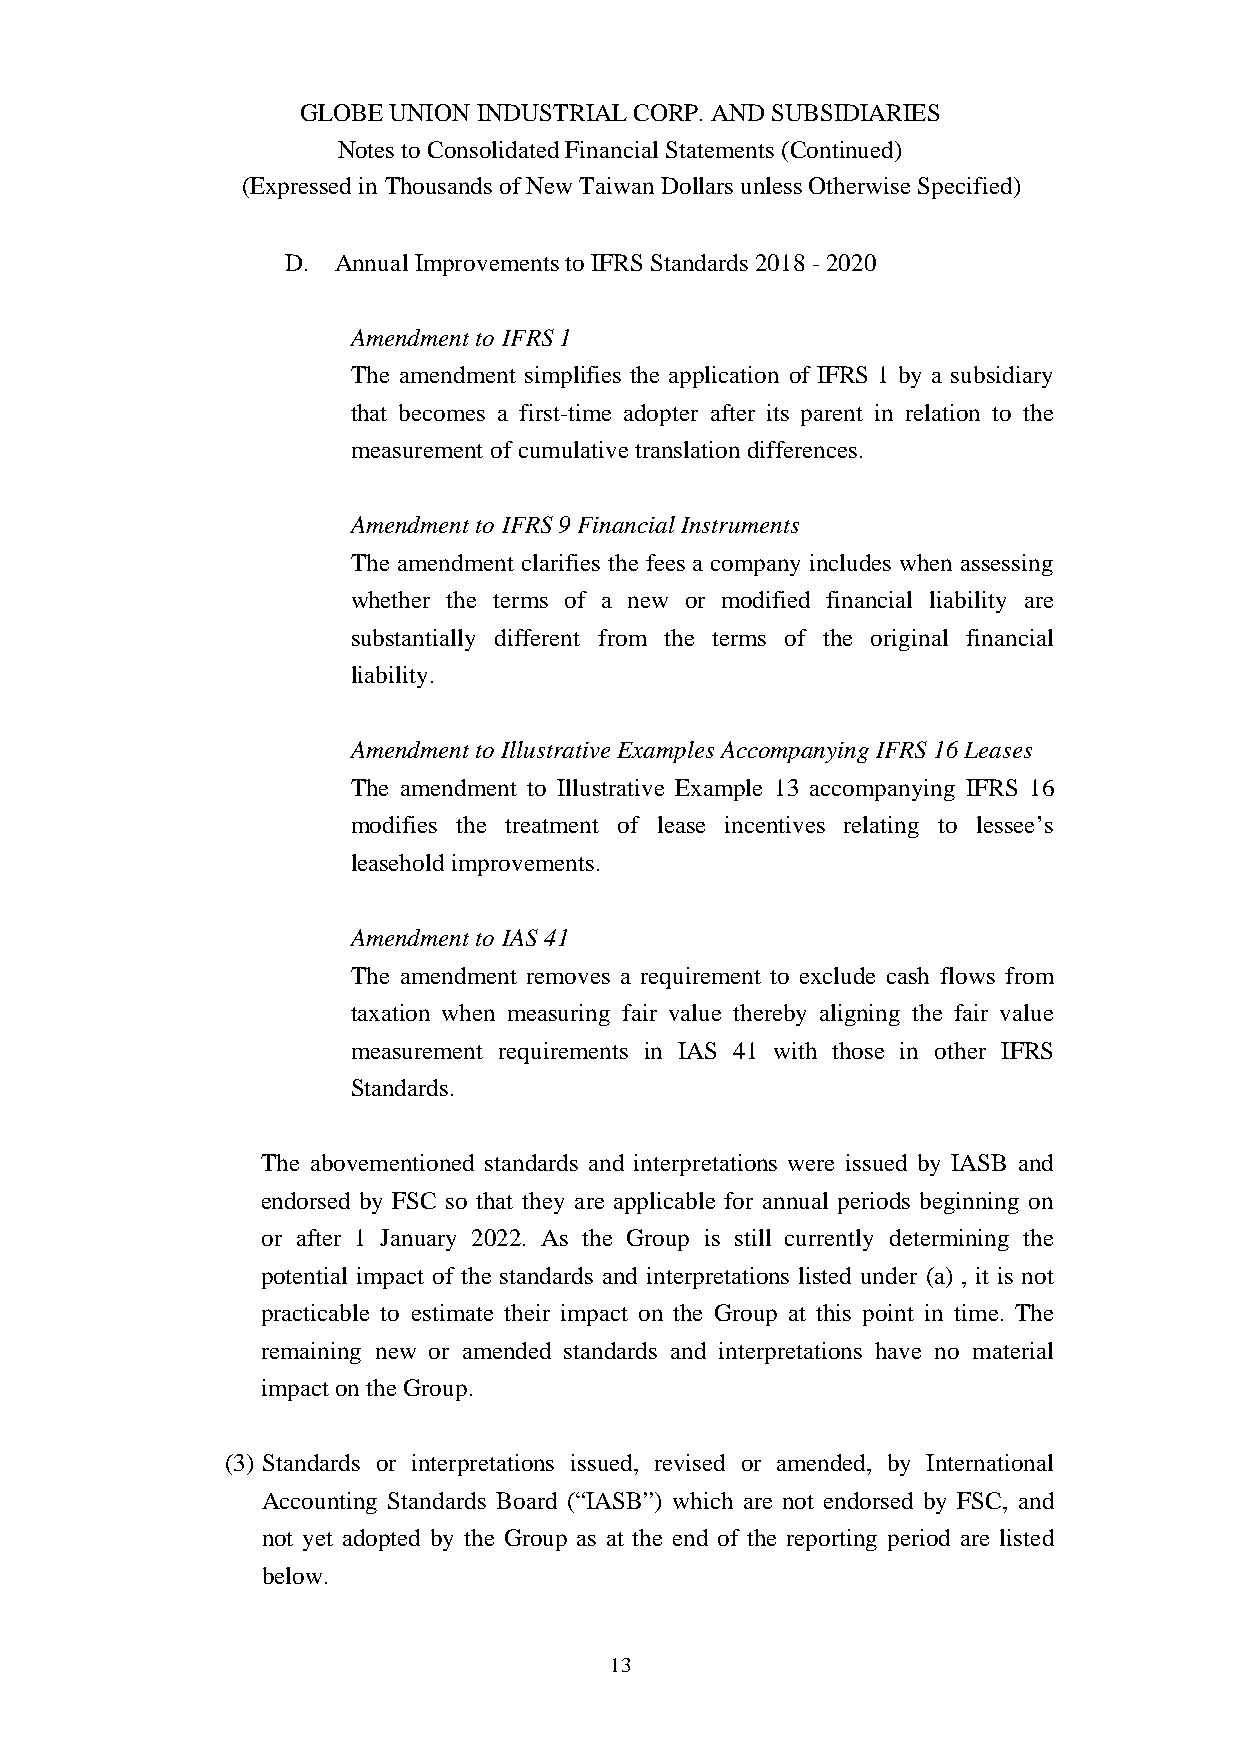
GLOBE UNION INDUSTRIAL CORP. AND SUBSIDIARIES
 Notes to Consolidated Financial Statements (Continued)
 (Expressed in Thousands of New Taiwan Dollars unless Otherwise Specified)
 D. Annual Improvements to IFRS Standards 2018 - 2020
 Amendment to IFRS 1
 The amendment simplifies the application of IFRS 1 by a subsidiary
 that becomes a first-time adopter after its parent in relation to the
 measurement of cumulative translation differences.
 Amendment to IFRS 9 Financial Instruments
 The amendment clarifies the fees a company includes when assessing
 whether the terms of a new or modified financial liability are
 substantially different from the terms of the original financial
 liability.
 Amendment to Illustrative Examples Accompanying IFRS 16 Leases
 The amendment to Illustrative Example 13 accompanying IFRS 16
 modifies the treatment of lease incentives relating to lessee’s
 leasehold improvements.
 Amendment to IAS 41
 The amendment removes a requirement to exclude cash flows from
 taxation when measuring fair value thereby aligning the fair value
 measurement requirements in IAS 41 with those in other IFRS
 Standards.
 The abovementioned standards and interpretations were issued by IASB and
 endorsed by FSC so that they are applicable for annual periods beginning on
 or after 1 January 2022. As the Group is still currently determining the
 potential impact of the standards and interpretations listed under (a) , it is not
 practicable to estimate their impact on the Group at this point in time. The
 remaining new or amended standards and interpretations have no material
 impact on the Group.
 (3) Standards or interpretations issued, revised or amended, by International
 Accounting Standards Board (“IASB”) which are not endorsed by FSC, and
 not yet adopted by the Group as at the end of the reporting period are listed
 below.
 13